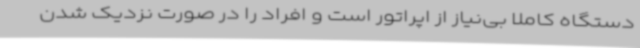
دستگاه کاملا بی‌نیاز از اپراتور است و افراد را در صورت نزدیک شدن